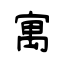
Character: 寓